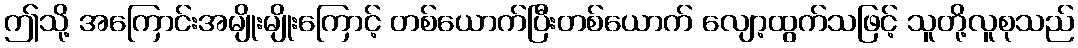
ဤသို့ အကြောင်းအမျိုးမျိုးကြောင့် တစ်ယောက်ပြီးတစ်ယောက် လျော့ထွက်သဖြင့် သူတို့လူစုသည်